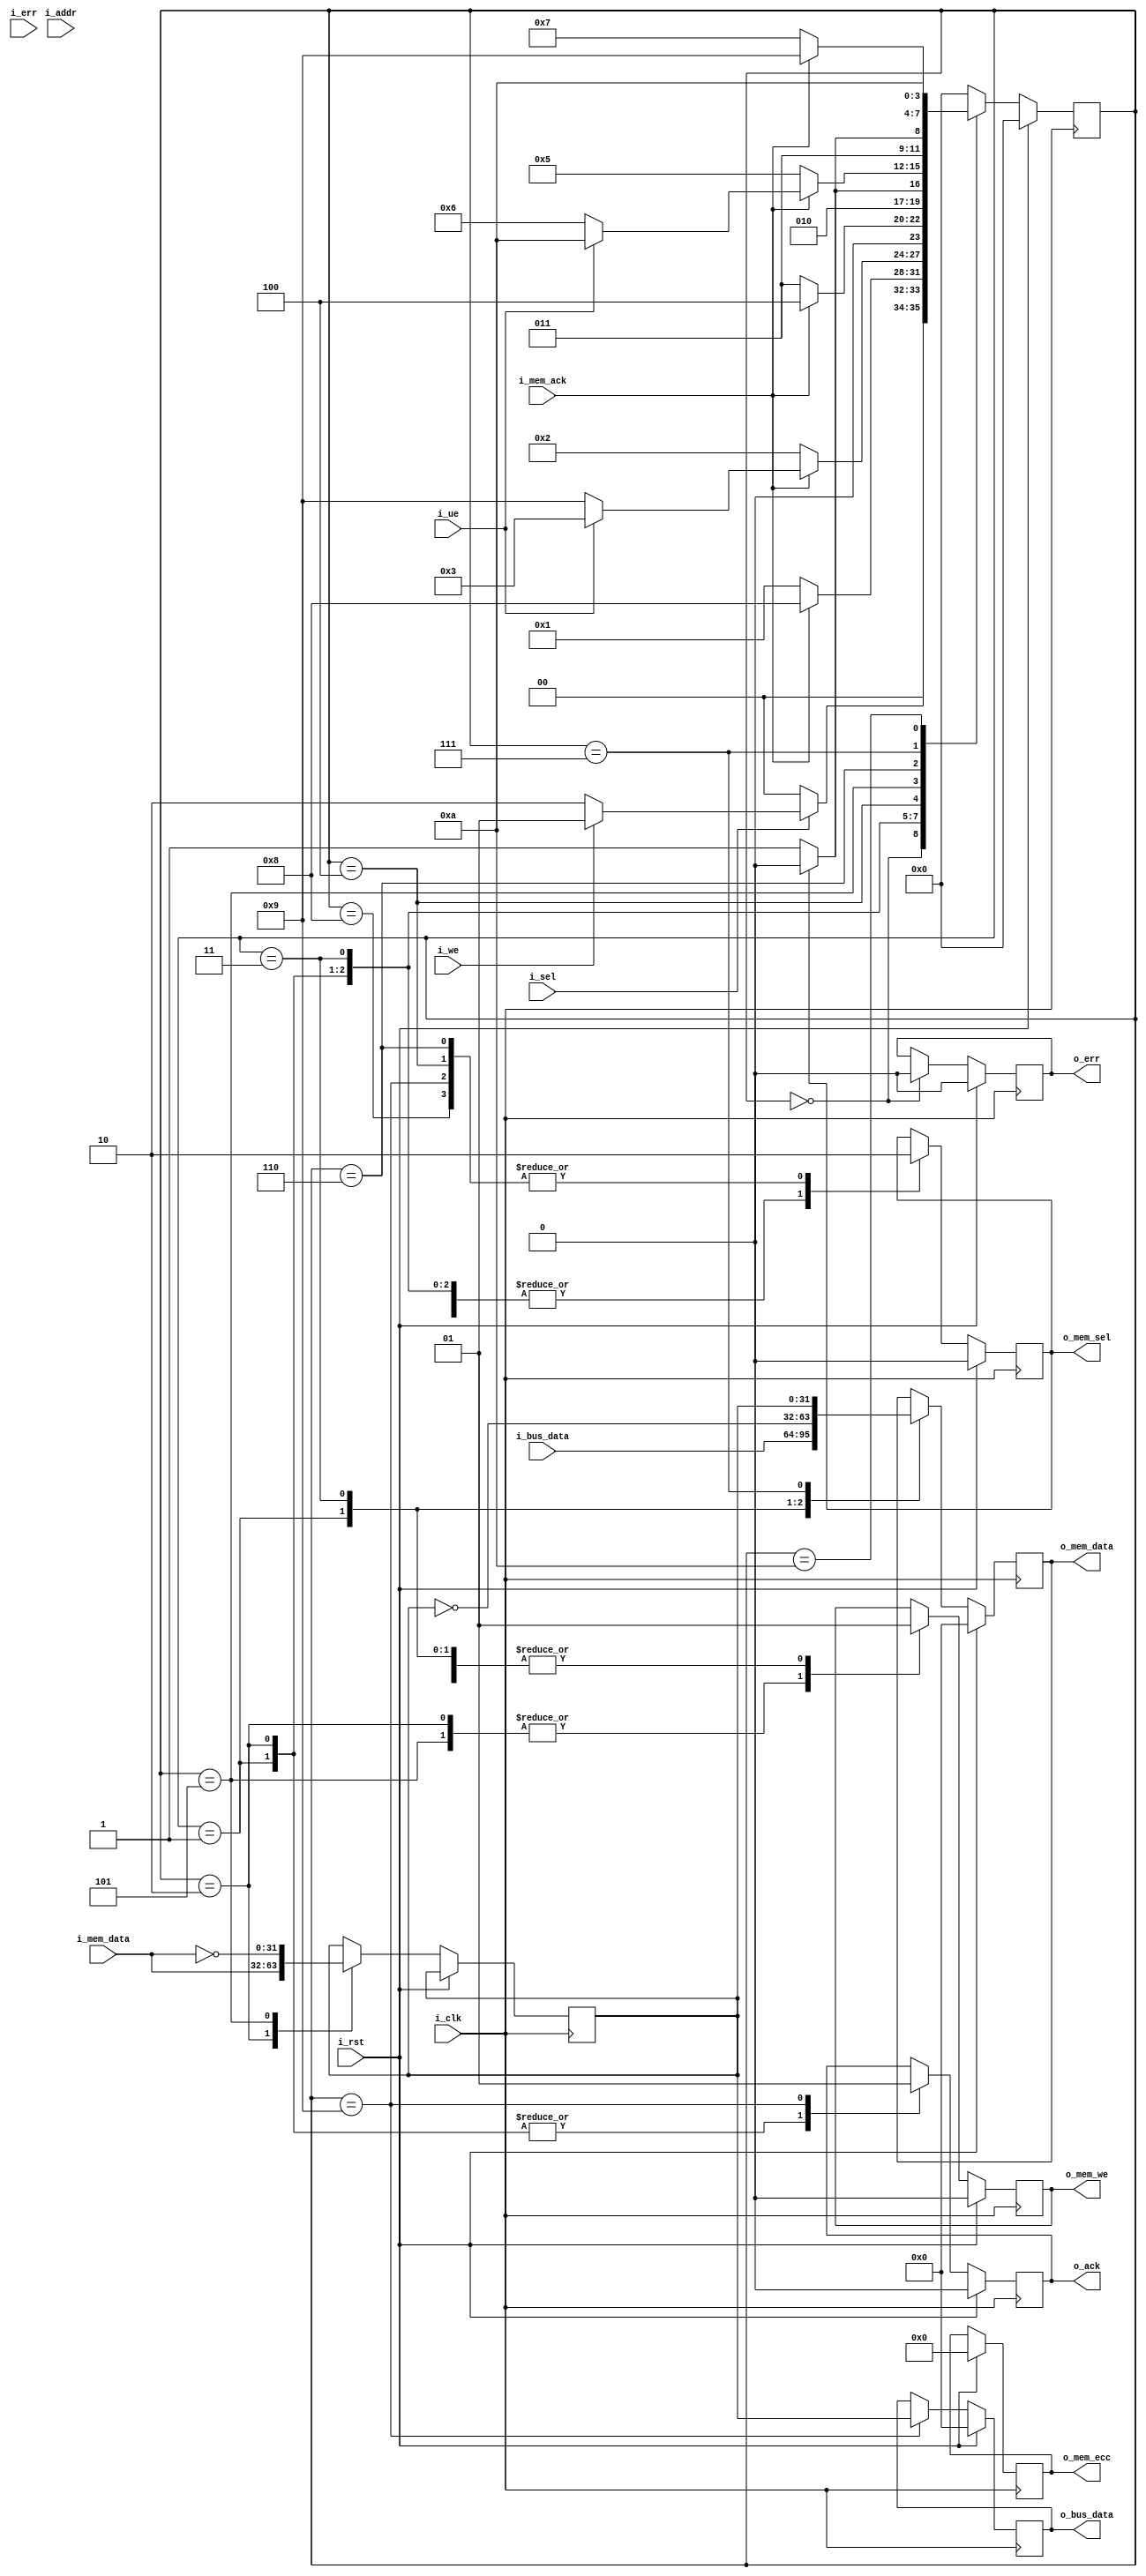
module edc_erasure (
  input                  i_clk,
  input                  i_rst, 
  input                  i_sel, 
  input                  i_we,  
  input                  i_err, 
  input                  i_ue,  
  input [31:0]           i_addr,
  input [31:0]           i_bus_data,
  input [31:0]           i_mem_data,
  input                  i_mem_ack, 
  output reg [31:0]      o_bus_data,
  output reg [31:0]      o_mem_data,
  output reg             o_mem_sel, 
  output reg             o_mem_we,  
  output reg [7:0]       o_mem_ecc, 
  output reg             o_err,     
  output reg             o_ack      
);
parameter SIZE                  = 4;
parameter IDLE                  = 4'd0;
parameter WRITE                 = 4'd1;
parameter READ                  = 4'd2;
parameter WRITE_COMPLEMENT      = 4'd3;
parameter WRITE_COMPLEMENT_DONE = 4'd4;
parameter READ_COMPLEMENT       = 4'd5;
parameter READ_COMPLEMENT_DONE  = 4'd6;
parameter WRITE_CORRECTED       = 4'd7;
parameter WRITE_DONE            = 4'd8;
parameter READ_DONE             = 4'd9;
parameter ERROR                 = 4'd10;
reg [SIZE-1:0] current_state;
wire [SIZE-1:0] next_state;
assign next_state = fsm_function(current_state, i_sel, o_mem_sel, i_we, i_mem_ack, i_err, i_ue);
function [SIZE-1:0] fsm_function;
  input [SIZE-1:0] state;
  input i_start;
  input i_done;
  input i_we;
  input i_ack;
  input i_err;
  input i_ue;
  case(state)
    IDLE: if (i_start == 1'b1) begin
        if (i_we == 1'b1) begin
            fsm_function = WRITE;
          end else begin
            fsm_function = READ;
          end
      end else begin
        fsm_function = IDLE;    
      end
    WRITE: if (i_ack == 1'b1) begin
        fsm_function = WRITE_DONE;
      end else begin 
        fsm_function = WRITE;
      end
    READ: if (i_ack == 1'b1) begin
        if (i_ue == 1'b0) begin
          fsm_function = READ_DONE;
        end else begin
          fsm_function = WRITE_COMPLEMENT;
        end
      end else begin 
        fsm_function = READ;
      end
    WRITE_COMPLEMENT: if (i_ack == 1'b1) begin
        fsm_function = WRITE_COMPLEMENT_DONE;
      end else begin 
        fsm_function = WRITE_COMPLEMENT;
      end
    WRITE_COMPLEMENT_DONE: if (i_done == 1'b0 ) begin
        fsm_function = READ_COMPLEMENT;
      end else begin
        fsm_function = WRITE_COMPLEMENT_DONE;
      end
    READ_COMPLEMENT: if (i_ack == 1'b1) begin
        if (i_ue == 1'b1) begin
          fsm_function = ERROR;
        end else begin
          fsm_function = READ_COMPLEMENT_DONE;
        end
      end else begin 
        fsm_function = READ_COMPLEMENT;
      end
    READ_COMPLEMENT_DONE:  if (i_done == 1'b0 ) begin
        fsm_function = WRITE_CORRECTED;
      end else begin
        fsm_function = READ_COMPLEMENT_DONE;
      end
    WRITE_CORRECTED: if (i_ack == 1'b1) begin
        fsm_function = READ_DONE;
      end else begin 
        fsm_function = WRITE_CORRECTED;
      end
    WRITE_DONE:
      fsm_function = IDLE;
    READ_DONE:
      fsm_function = IDLE;
    ERROR:
        fsm_function = ERROR; 
    default:
        fsm_function = IDLE;
  endcase
endfunction
always @ (posedge i_clk)
begin : FSM_SEQ
  if(i_rst == 1'b1) begin
    current_state <= IDLE;
  end else begin
    current_state <= next_state;
  end
end
reg [31:0] word;
always @ (posedge i_clk)
begin : OUTPUT_LOGIC
  if (i_rst == 1'b1) begin
    o_bus_data <= 'b0;
    o_mem_data <= 'b0;
    o_mem_sel  <= 'b0;
    o_mem_we   <= 'b0;
    o_mem_ecc  <= 'b0;
    o_err      <= 'b0;
    o_ack      <= 'b0;
  end else begin
    case(current_state)
    IDLE: begin
        o_err  <= 'b0;
      end
    WRITE: begin      
        o_ack      <= 'b0;
        o_mem_sel  <= 1'b1;
        o_mem_we   <= 1'b1;
        o_mem_data <= i_bus_data;
      end
    READ: begin
        o_ack     <= 'b0;
        o_mem_sel <= 1'b1;
        o_mem_we  <= 1'b0;
        word      <= i_mem_data;
      end
    WRITE_COMPLEMENT: begin
        o_mem_sel  <= 1'b1;
        o_mem_we   <= 1'b1;
        o_mem_data <= ~word;
      end
    WRITE_COMPLEMENT_DONE: begin
        o_mem_sel = 1'b0;
      end
    READ_COMPLEMENT: begin
        o_mem_sel  <= 1'b1;
        o_mem_we   <= 1'b0;
        word       <= ~i_mem_data;
      end
    READ_COMPLEMENT_DONE: begin
        o_mem_sel = 1'b0;
      end
    WRITE_CORRECTED: begin
        o_mem_sel  <= 1'b1;
        o_mem_we   <= 1'b1;
        o_mem_data <= word;
      end
    WRITE_DONE: begin
        o_mem_sel = 1'b0;
      end
    READ_DONE: begin
        o_mem_sel  = 1'b0;
        o_bus_data <= word;
        o_ack      <= 1'b1;
      end
    endcase
  end
end 
endmodule